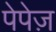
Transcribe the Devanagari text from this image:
पेपेज़